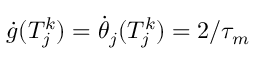
\dot { g } ( T _ { j } ^ { k } ) = \dot { \theta } _ { j } ( T _ { j } ^ { k } ) = 2 / \tau _ { m }